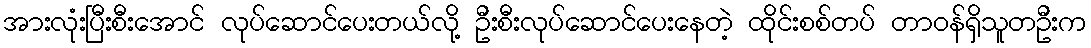
အားလုံးပြီးစီးအောင် လုပ်ဆောင်ပေးတယ်လို့ ဦးစီးလုပ်ဆောင်ပေးနေတဲ့ ထိုင်းစစ်တပ် တာဝန်ရှိသူတဦးက